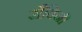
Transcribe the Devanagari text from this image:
रौबिनी